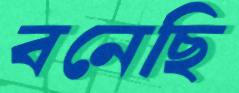
বনেছি